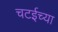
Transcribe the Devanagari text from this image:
चटईच्या